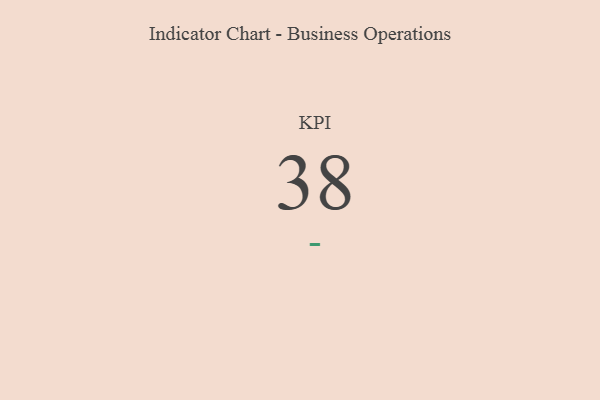
{"axis": {"x": "KPI", "y": "Value"}, "legend": [""], "data": [{"x": "KPI", "y": 38, "type": ""}]}